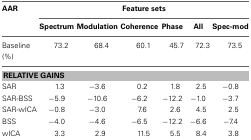
<table><thead><tr><td><b>AAR</b></td><td colspan="6"><b>Feature sets</b></td></tr><tr><td></td><td><b>Spectrum</b></td><td><b>Modulation</b></td><td><b>Coherence</b></td><td><b>Phase</b></td><td><b>All</b></td><td><b>Spec-mod</b></td></tr></thead><tbody><tr><td>Baseline (%)</td><td>73.2</td><td>68.4</td><td>60.1</td><td>45.7</td><td>72.3</td><td>73.5</td></tr><tr><td colspan="7"><b>RELATIVE GAINS</b></td></tr><tr><td>SAR</td><td>1.3</td><td>−3.6</td><td>0.2</td><td>1.8</td><td>2.5</td><td>−0.8</td></tr><tr><td>SAR-BSS</td><td>−5.9</td><td>−10.6</td><td>−6.2</td><td>−12.2</td><td>−1.0</td><td>−3.7</td></tr><tr><td>SAR-wICA</td><td>−0.8</td><td>−3.0</td><td>7.6</td><td>2.6</td><td>4.5</td><td>2.5</td></tr><tr><td>BSS</td><td>−4.0</td><td>−4.6</td><td>−6.5</td><td>−12.2</td><td>−6.6</td><td>−7.4</td></tr><tr><td>wICA</td><td>3.3</td><td>2.9</td><td>11.5</td><td>5.5</td><td>8.4</td><td>3.8</td></tr></tbody></table>